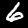
Digit: 6